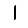
Digit: 1